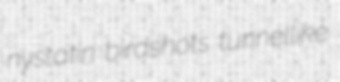
nystatin birdshots tunnellike